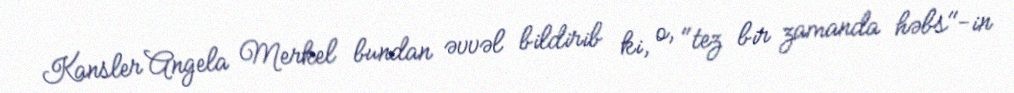
Kansler Angela Merkel bundan əvvəl bildirib ki, o, "tez bir zamanda həbs"-in